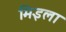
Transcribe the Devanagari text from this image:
मिइला